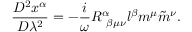
\frac { D ^ { 2 } x ^ { \alpha } } { D \lambda ^ { 2 } } = - \frac { i } { \omega } R _ { ~ \beta \mu \nu } ^ { \alpha } l ^ { \beta } m ^ { \mu } \tilde { m } ^ { \nu } .